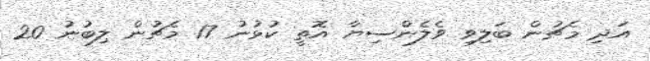
އަދި މެޗުން ބަލިވި ވެލެންސިޔާ އޮތީ ކުޅުނު 17 މެޗުން ލިބުނު 20